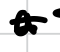
Text: a
Cross-out: double-line
Writing tool: digital_black